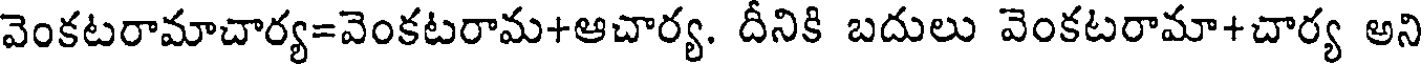
వెంకటరామాచార్య=వెంకటరామ+ఆచార్య. దీనికి బదులు వెంకటరామా+చార్య అని